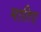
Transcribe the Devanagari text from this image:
मातिए